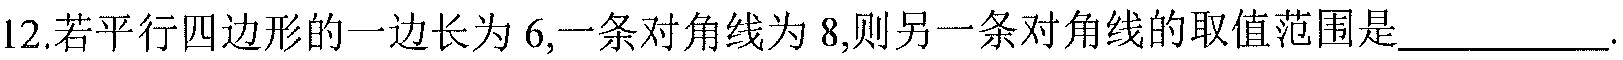
12.若平行四边形的一边长为\(6\),一条对角线为\(8\),则另一条对角线的取值范围是__________.